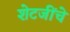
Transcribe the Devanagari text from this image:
शेटजींचे